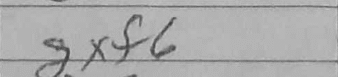
Transcription: gxf6